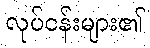
လုပ်ငန်းများ၏